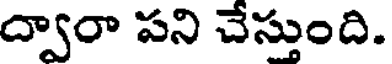
ద్వారా పని చేస్తుంది.